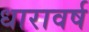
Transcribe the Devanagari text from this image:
धारावर्ष